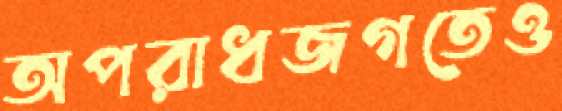
অপরাধজগতেও